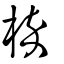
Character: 椊